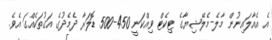
އެ އެއާލައިނުން މާލެ-މެލޭޝިޔާގެ ޓިކެޓް ވިއްކަނީ 450-500 ޑޮލަރާ ދެމެދުގެ އަގުތަކެއްގަ އެވެ.